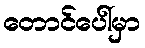
တောင်ပေါ်မှာ